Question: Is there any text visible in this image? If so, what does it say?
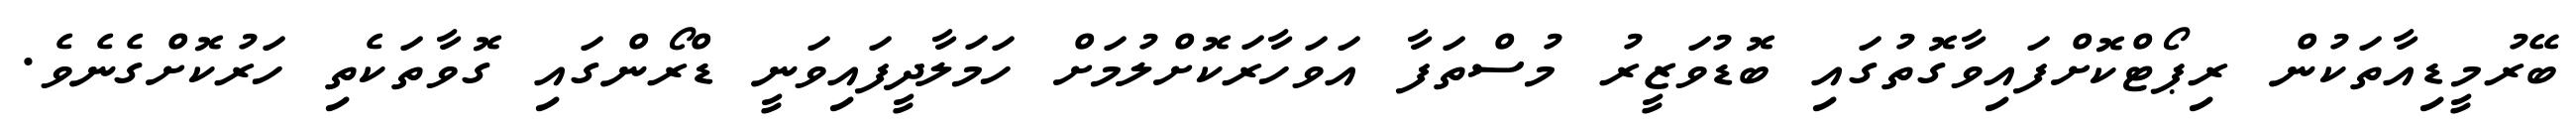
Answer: ބޭރުމީޑިއާތަކުން ރިޕޯޓްކޮށްފައިވާގޮތުގައި ބޮޑުވަޒީރު މުސްތަފާ އަވަހާރަކޮށްލުމަށް ހަމަލާދީފައިވަނީ ޑްރޯންގައި ގޮވާތަކެތި ހަރުކޮށްގެނެވެ.